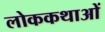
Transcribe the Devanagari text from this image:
लोककथाआें